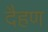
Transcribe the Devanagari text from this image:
दैहण